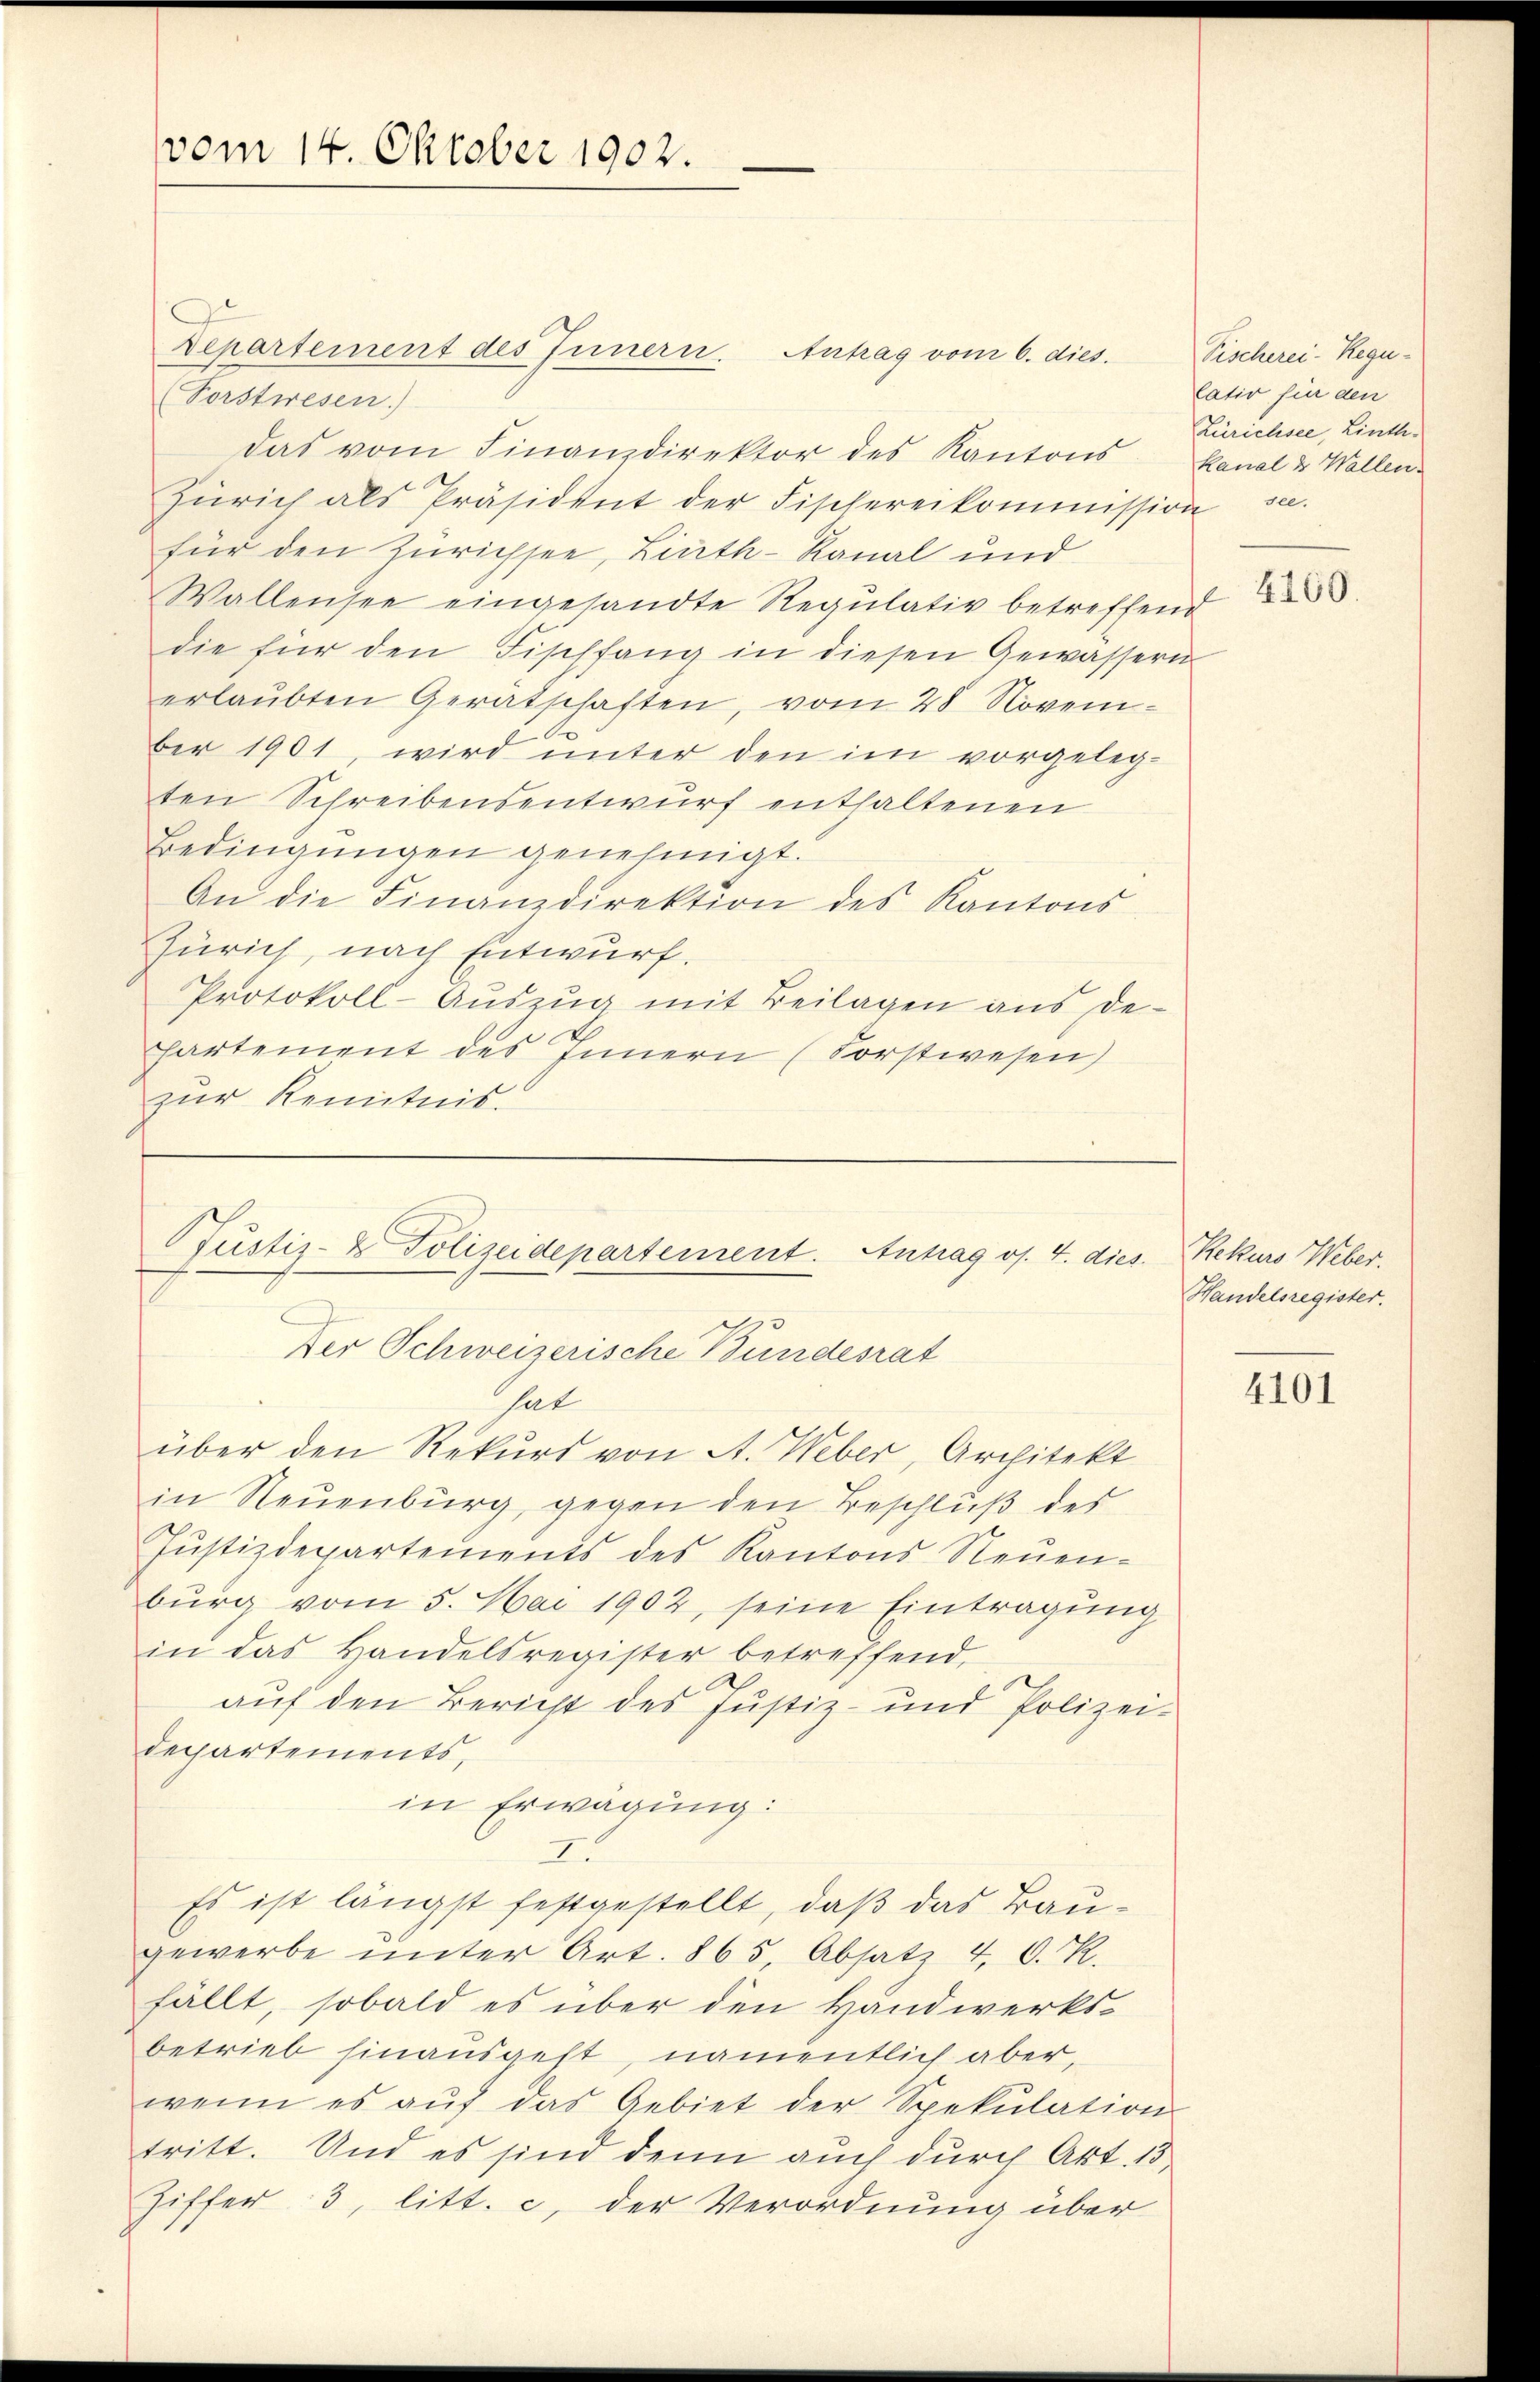
vom 14. Oktober 1902.

Departement des Innern. Antrag vom 6. dies
(Forstwesen)
das vom Finanzdirektor des Kantons Kanal & Wallen
Zürich als Präsident der Fischereikommission se
für den Zürichsee, Linth-Kanal und
Wallensee eingesandte Regulativ betreffend
die für den Fischfang in diesen Gewässern
erlaŭbten Gerätschaften, vom 28 November 1901, wird unter den im vorgelegten Schreibensentwurf enthaltenen
Bedingungen genehmigt.
An die Finanzdirektion des Kantons
ZZürich, nach Entwurf.
Protokoll-Auszug mit Beilagen aus dehartement des Innern (Forstwesen)
zur Kenntnis.

ustiz- & Polizeidepartement. Antrag os. 4. dies
Der Schweizerische Bundesrat

hat
über den Rekurs von A. Weber, Architekt
in Neuenburg, gegen den Beschluß des
Justizdepartements des Kantons Neuen-
burg vom 5. Mai 1902, seine Eintragung
in das Handelsregister betreffend,
auf den Bericht des Justiz- und Polizei-
departements,
in Erwägung:
I.
Es ist längst festgestellt, daß das Baugewerbe ŭnter Art. 865, Absatz 4 C. R.
fällt, sobald es über den Handwerksbetrieb hinausgeht, namentlich aber,
wenn es aŭf das Gebiet der Spekulation
tritt. Und es sind denn auch durch Art. 13
Ziffer 3, litt. c, der Verordnung über

Fischerei- Regulativ für den
Zürichsee, Linth¬

4100.

Rekurs Weber.
Handelsregister.

4101